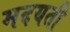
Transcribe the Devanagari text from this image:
मदयती